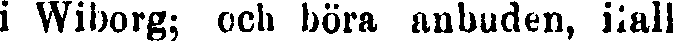
i Wiborg; och böra anbuden, ifall